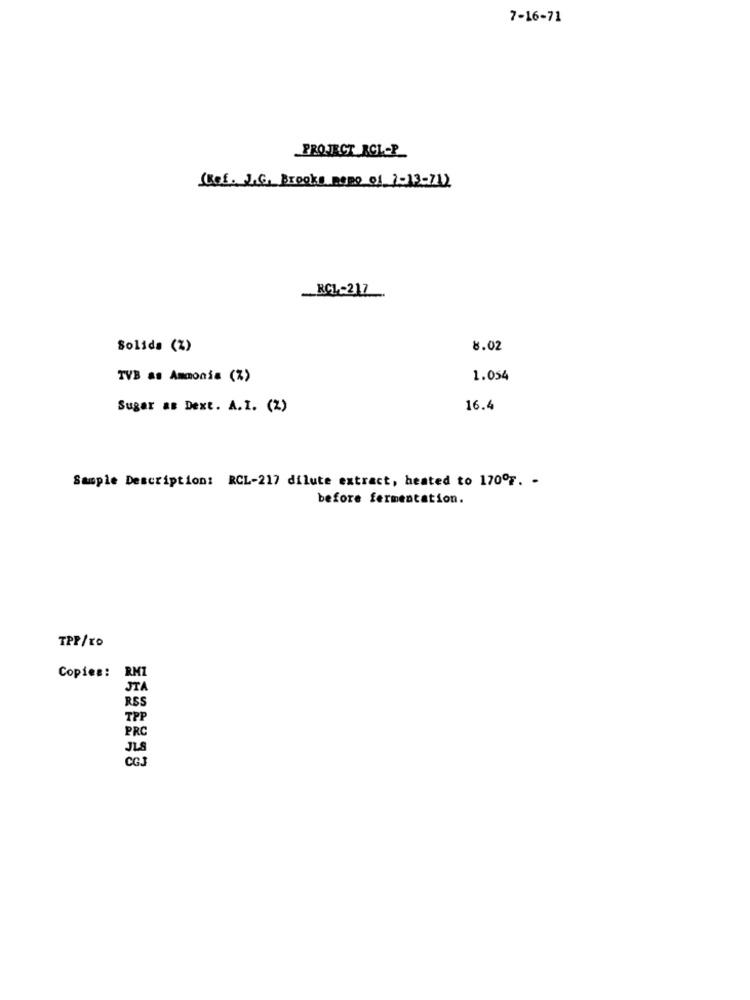
7-16-71
PROJECT_RCL-P
(Ref. J.G. Brooks Momo of 1-13-21)
RCL-217
Solids (%)
8.02
TVB as Ammonia (%)
1.054
Sugar as Dext. A.I. (Z)
16.4
Sample Description: RCL-217 dilute extract, heated to 170º7. -
before fermentation.
TPP/CO
Copies: RM7
ST
RSS
TPF
PRC
JLs
CG